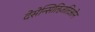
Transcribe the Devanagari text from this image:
देसेन्सितिज़तिओन